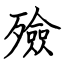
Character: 殮